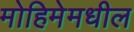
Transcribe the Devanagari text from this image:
मोहिमेमधील